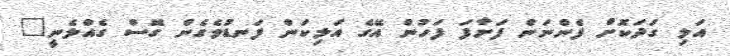
އަލި ގަދަކޮށް ފެންނަން ފަށާފަ ފަހުން އޭގެ އަލިކަން ފަނޑުވެގެން ގޮސް ގެއްލެނީ"